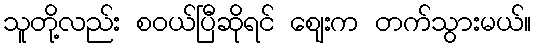
သူတို့လည်း စဝယ်ပြီဆိုရင် ဈေးက တက်သွားမယ်။